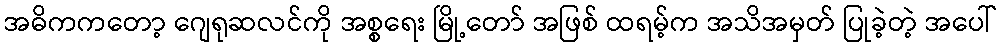
အဓိကကတော့ ဂျေရုဆလင်ကို အစ္စရေး မြို့တော် အဖြစ် ထရမ့်က အသိအမှတ် ပြုခဲ့တဲ့ အပေါ်